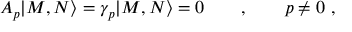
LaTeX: A _ { p } | M , N \rangle = \gamma _ { p } | M , N \rangle = 0 \qquad , \qquad p \neq 0 \ ,